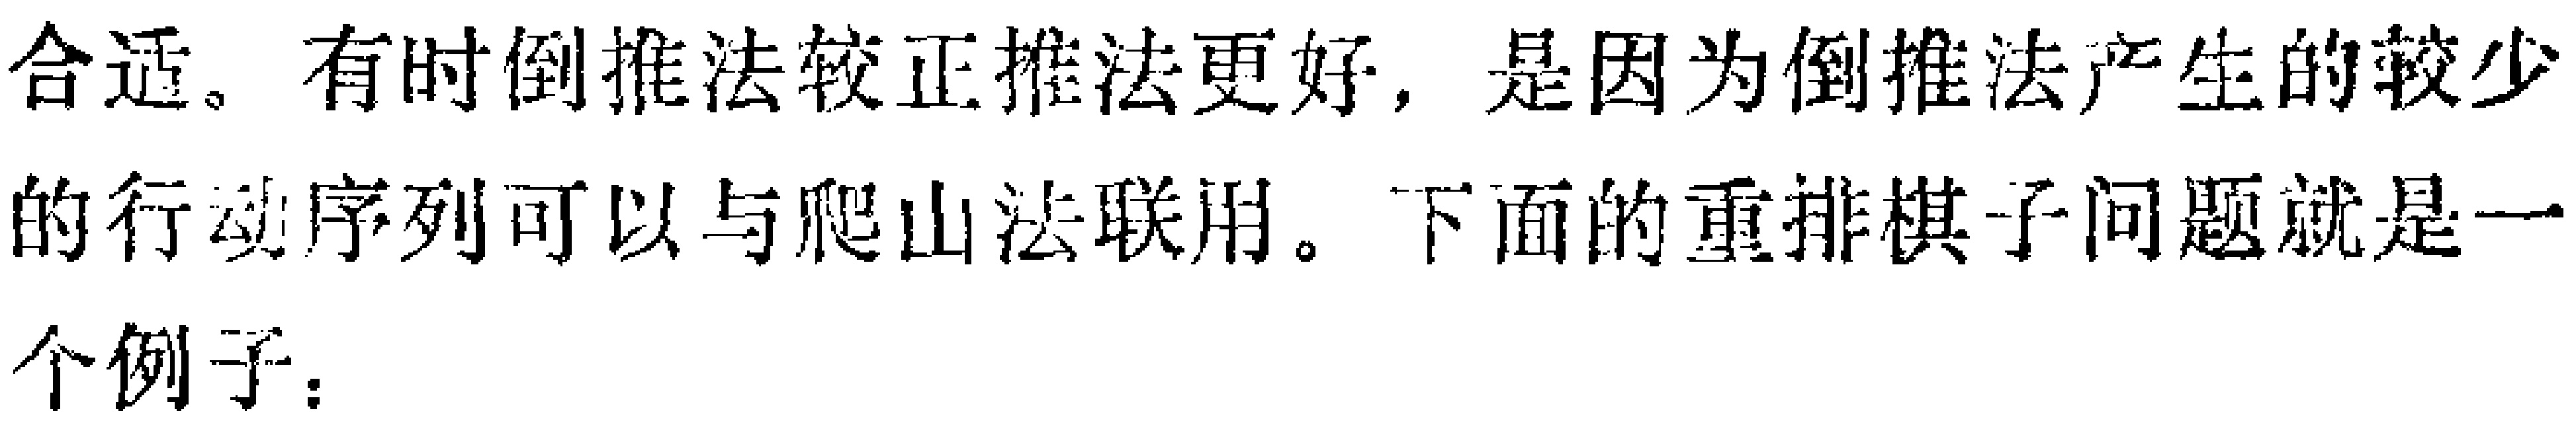
合适。有时倒推法较正推法更好，是因为倒推法产生的较少的行动序列可以与爬山法联用。下面的重排棋子问题就是一个例子：